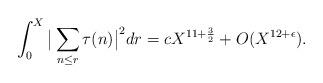
LaTeX: \begin{align*} \int_0^X \big\lvert \sum_{n \leq r} \tau(n) \big\rvert^2 dr = c X^{11 + \frac{3}{2}} + O(X^{12 + \epsilon}).\end{align*}